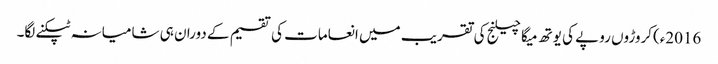
2016ء)کروڑوں روپے کی یوتھ میگا چیلنج کی تقریب میں انعامات کی تقسیم کے دوران ہی شامیانہ ٹپکنے لگا۔